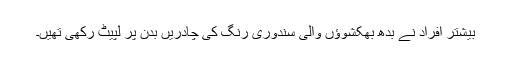
بیشتر افراد نے بدھ بھکشوؤں والی سندوری رنگ کی چادریں بدن پر لپیٹ رکھی تھیں۔